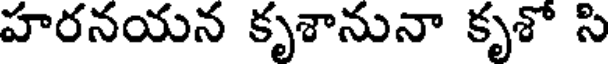
హరనయన కృశానునా కృశో సి